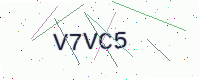
Text: V7VC5